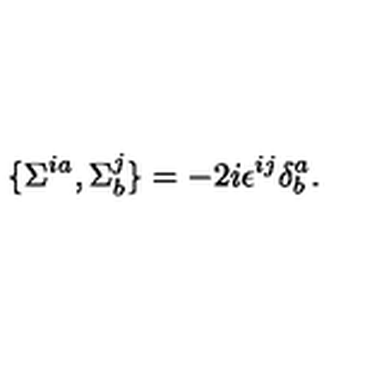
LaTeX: \{ \Sigma ^ { i a } , \Sigma _ { b } ^ { j } \} = - 2 i \epsilon ^ { i j } \delta _ { b } ^ { a } .